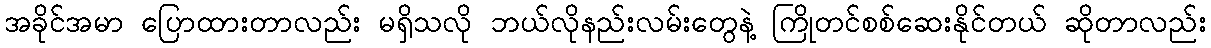
အခိုင်အမာ ပြောထားတာလည်း မရှိသလို ဘယ်လိုနည်းလမ်းတွေနဲ့ ကြိုတင်စစ်ဆေးနိုင်တယ် ဆိုတာလည်း